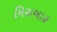
મિસબાહ